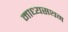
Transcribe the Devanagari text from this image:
माध्यसथम